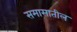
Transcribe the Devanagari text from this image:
समासातील